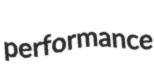
performance